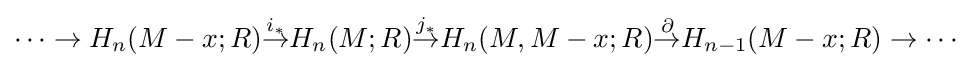
\cdots \to H_{n}(M-{x};R){\stackrel {i_{*}}{\to }}H_{n}(M;R){\stackrel {j_{*}}{\to }}H_{n}(M,M-{x};R){\stackrel {\partial }{\to }}H_{n-1}(M-{x};R)\to \cdots